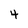
Character: 4